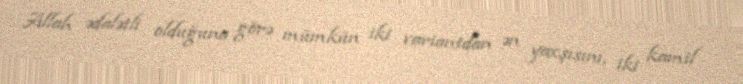
Allah ədalətli olduğuna görə mümkün iki variantdan ən yaxşısını, iki kamil